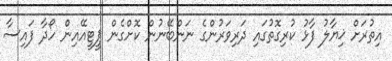
އިތުރަށް ޚިޔާލު ފާޅު ކުރިގޮތުގައި ދަރިވަރުންގެ ނަންބޭނުން ކޮށްގެން ޕީޓީއޭއިން ހޯދާ ފައިސާ